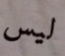
ليس